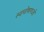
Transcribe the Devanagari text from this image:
स्वपोषणजों